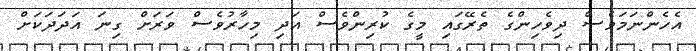
އެހެންނަމަވެސް ދިވެހިންގެ ތެރޭގައި މީގެ ކުރިންވެސް އަދި މިހާރުވެސް ވަރަށް ގިނަ އަދަދަކަށް